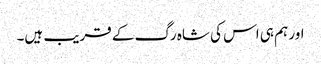
اور ہم ہی اس کی شاہ رگ کے قریب ہیں۔